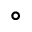
^ { \circ }